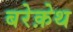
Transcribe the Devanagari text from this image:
बरेक़ेथ